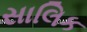
સાલિક